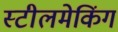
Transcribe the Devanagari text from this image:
स्टीलमेकिंग